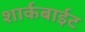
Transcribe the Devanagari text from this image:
शार्कबाईट